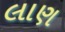
લાણ